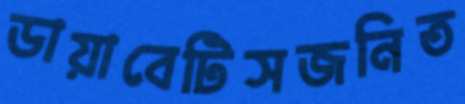
ডায়াবেটিসজনিত